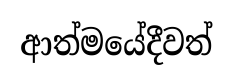
ආත්මයේදීවත්